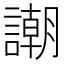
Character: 謿